Annual report of the Bengal Veterinary College and of the Civil Veterinary Department, Bengal, for the year 1910-1911 - 1910-1911
Year: 1910
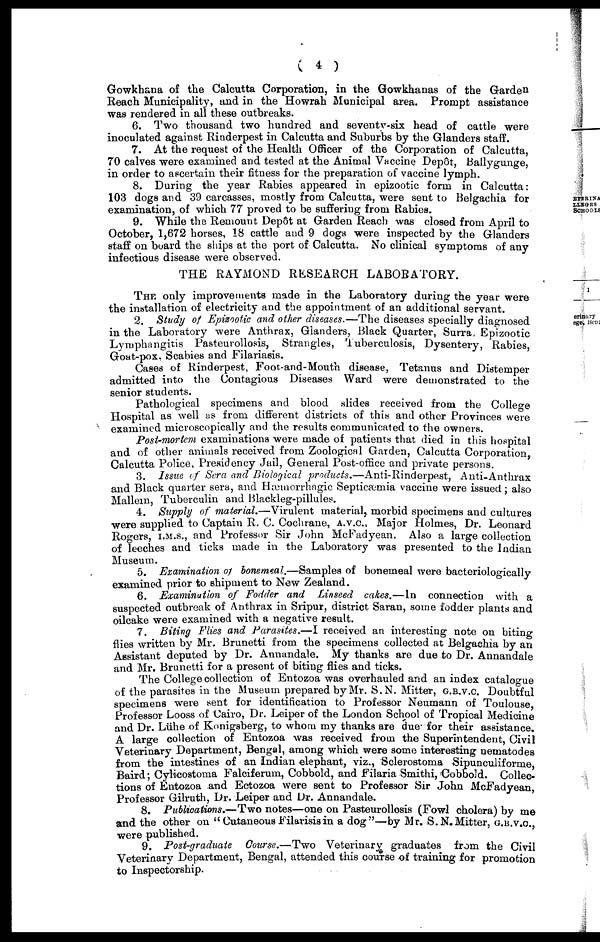
( 4 )
Gowkhana of the Calcutta Corporation, in the Gowkhanas of the Garden
Reach Municipality, and in the Howrah Municipal area. Prompt assistance
was rendered in all these outbreaks.
6. Two thousand two hundred and seventy-six head of cattle were
inoculated against Rinderpest in Calcutta and Suburbs by the Glanders staff.
7. At the request of the Health Officer of the Corporation of Calcutta,
70 calves were examined and tested at the Animal Vaccine Depot, Ballygunge,
in order to ascertain their fitness for the preparation of vaccine lymph.
8. During the year Rabies appeared in epizootic form in Calcutta:
103 dogs and 39 carcasses, mostly from Calcutta, were sent to Belgachia for
examination, of which 77 proved to be suffering from Rabies.
9. While the Remount Dep6t at Garden Reach was closed from April to
October, 1,672 horses, 18 cattle and 9 dogs were inspected by the Glanders
staff on board the ships at the port of Calcutta. No clinical symptoms of any
infectious disease were observed.
THE RAYMOND RESEARCH LABORATORY.
THE only improvements made in the Laboratory during the year were
the installation of electricity and the appointment of an additional servant.
2. Study of Epizootic and other diseases.—The diseases specially diagnosed
in the Laboratory were Anthrax, Glanders, Black Quarter, Surra, Epizootic
Lymphangitis Pasteurollosis, Strangles, Tuberculosis, Dysentery, Rabies,
Goat-pox. Scabies and Filariasis.
Cases of Rinderpest, Foot-and-Mouth disease, Tetanus and Distemper
admitted into the Contagious Diseases Ward were demonstrated to the
senior students.
Pathological specimens and blood slides received from the College
Hospital as well as from different districts of this and other Provinces were
examined microscopically and the results communicated to the owners.
Post-mortem examinations were made of patients that died in this hospital
and of other animals received from Zoological Garden, Calcutta Corporation,
Calcutta Police, Presidency Jail, General Post-office and private persons.
3. Issue of Sera and Biological products.—Anti-Rinderpest,
Anti-Anthrax
and Black quarter sera, and Hæmorrhngic Septicæmia vaccine were issued; also
Mallem, Tuberculin and Blackleg-pillules.
4. Supply of material.—Virulent
material, morbid specimens and cultures
were supplied to Captain R. C. Cochrane, A.V.C., Major Holmes, Dr. Leonard
Rogers, I.M.S., and Professor Sir John McFadyean. Also a large collection
of leeches and ticks made in the Laboratory was presented to the Indian
Museum.
5. Examination of bonemeal.—Samples of bonemeal were bacteriologically
examined prior to shipment to New Zealand.
6. Examination of Fodder and Linseed cakes.—In
connection with a
suspected outbreak of Anthrax in Sripur, district Saran, some fodder plants and
oilcake were examined with a negative result.
7. Biting Flies and Parasites.—I received an interesting note on biting
flies written by Mr. Brunetti from the specimens collected at Belgachia by an
Assistant deputed by Dr. Anuandale. My thanks are due to Dr. Annandale
and Mr. Brunetti for a present of biting flies and ticks.
The College collection of Entozoa was overhauled and an index catalogue
of the parasites in the Museum prepared by Mr. S. N. Mitter, G.B.V.C. Doubtful
specimens were sent for identification to Professor Neumann of Toulouse,
Professor Looss of Cairo, Dr. Leiper of the London School of Tropical Medicine
and Dr. Lühe of Konigsberg, to whom my thanks are due for their assistance.
A large collection of Entozoa was received from the Superintendent, Civil
Veterinary Department, Bengal, among which were some interesting nematodes
from the intestines of an Indian elephant, viz., Sclerostoma Sipunculiforme,
Baird; Cylicostoina Falciferum, Cobbold, and Filaria Smithi, Cobbold. Collec-
tions of Entozoa and Ectozoa were sent to Professor Sir John McFadyean,
Professor Gilruth, Dr. Leiper and Dr. Annandale.
8. Publications.—Two notes—one on Pasteurollosis (Fowl cholera) by me
and the other on " Cutaneous Filarisis in a dog"—by Mr. S.N. Mitter, G.B.V.C.,
were published.
9. Post-graduate
Course.—Two Veterinary graduates from the Civil
Veterinary Department, Bengal, attended this course of training for promotion
to Inspectorship.